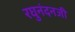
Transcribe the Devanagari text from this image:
रघुनंदनजी